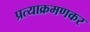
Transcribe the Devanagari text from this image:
प्रत्याक्रमणकर